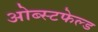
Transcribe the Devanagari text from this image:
ओब्स्टफेल्ड